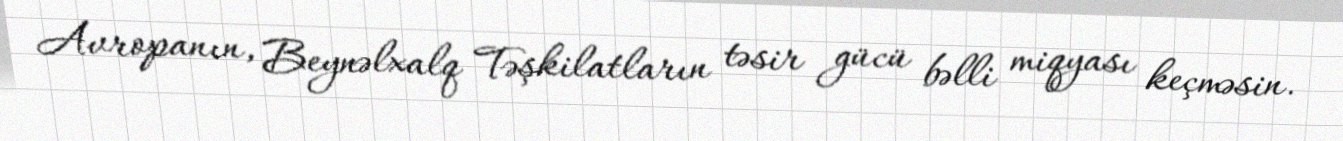
Avropanın, Beynəlxalq Təşkilatların təsir gücü bəlli miqyası keçməsin.